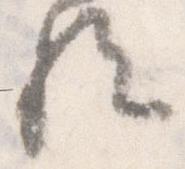
歟